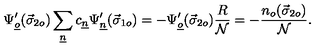
\Psi _ { \underline { { o } } } ^ { \prime } ( \vec { \sigma } _ { 2 o } ) \sum _ { \underline { { n } } } c _ { \underline { { n } } } \Psi _ { \underline { { n } } } ^ { \prime } ( \vec { \sigma } _ { 1 o } ) = - \Psi _ { \underline { { o } } } ^ { \prime } ( \vec { \sigma } _ { 2 o } ) \frac { R } { \cal N } = - \frac { n _ { o } ( \vec { \sigma } _ { 2 o } ) } { \cal N } .